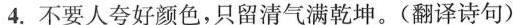
4.不要人夸好颜色，只留清气满乾坤。(翻译诗句)